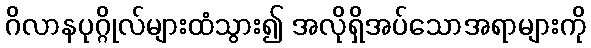
ဂိလာနပုဂ္ဂိုလ်များထံသွား၍ အလိုရှိအပ်သောအရာများကို